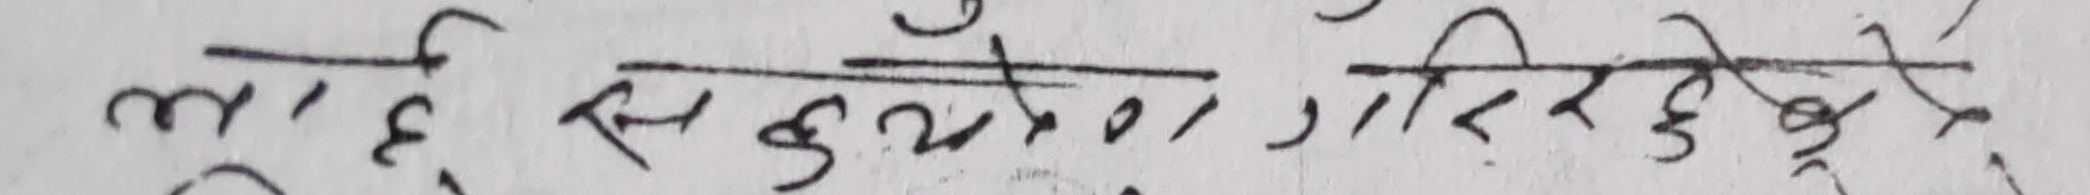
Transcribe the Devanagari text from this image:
लाई सक्दो सहयोग गरिदिनेछौ ।